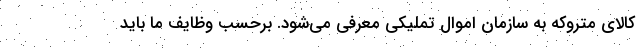
کالای متروکه به سازمان اموال تملیکی معرفی می‌شود. برحسب وظایف ما باید